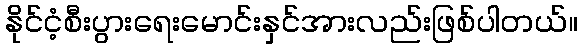
နိုင်ငံ့စီးပွားရေးမောင်းနှင်အားလည်းဖြစ်ပါတယ်။